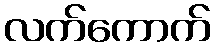
လက်ကောက်